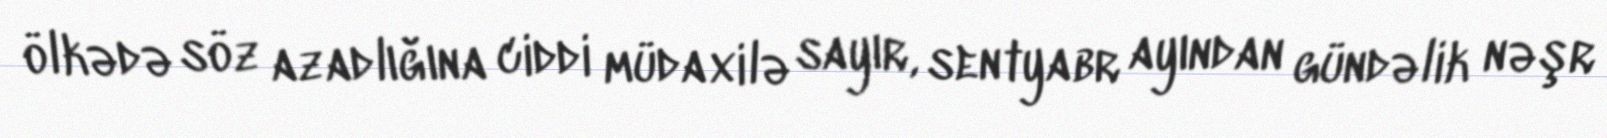
ölkədə söz azadlığına ciddi müdaxilə sayır, sentyabr ayından gündəlik nəşr